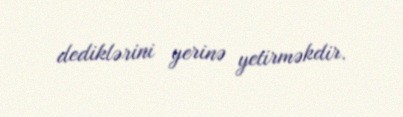
dediklərini yerinə yetirməkdir.